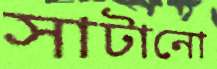
সাটানো